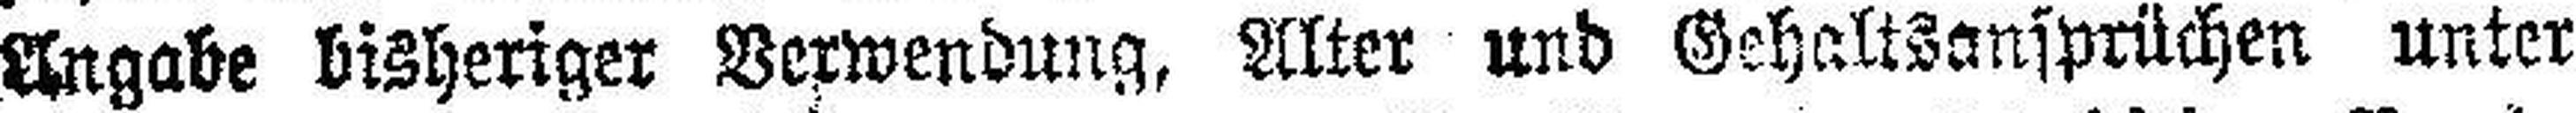
Angabe bisheriger Verwendung, Alter und Gehaltsansprüchen unter